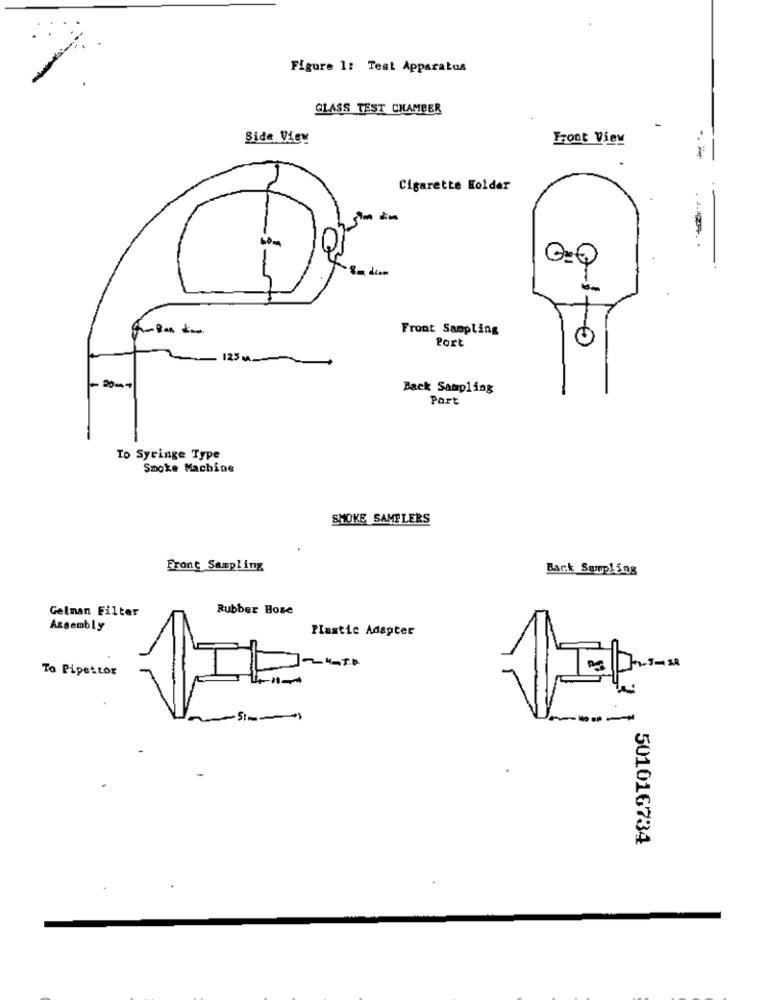
Figure 1: Test Apparatus
GLASS TEST CHAMBER
Side View
Front View
-
Cigarette Holder
60m
Front Sampling
Port
125 ML
Back Sampling
Part
To Syringe Type
Smoke Machine
SMOKE SAMPLERS
Front Sampling
Back Sampling
Gelman Filter
Rubber Bose
Assembly
Plastic Adapter
To Pipettor
-4-1.6
501016734